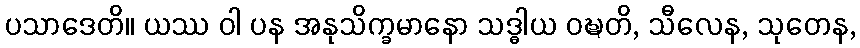
ပသာဒေတိ။ ယဿ ဝါ ပန အနုသိက္ခမာနော သဒ္ဓါယ ဝဍ္ဎတိ, သီလေန, သုတေန,